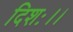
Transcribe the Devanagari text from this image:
दिशः।।